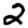
Digit: 2